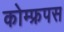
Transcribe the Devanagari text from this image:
कोम्‍फ्रपस